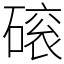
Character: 磙